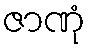
ဇာဏုံ